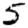
Digit: 5